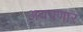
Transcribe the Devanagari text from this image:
अयपणार